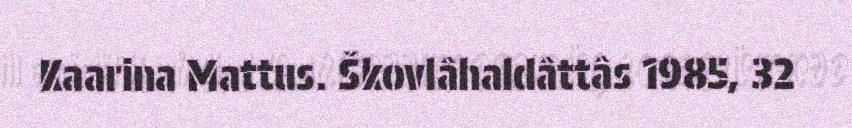
Kaarina Mattus. Škovlâhaldâttâs 1985, 32